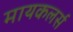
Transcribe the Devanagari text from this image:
मायकलर्स